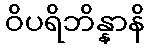
ဝိပရိဘိန္နာနိ